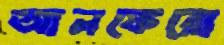
আলফেরো